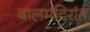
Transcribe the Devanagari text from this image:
बालमंदिरांत